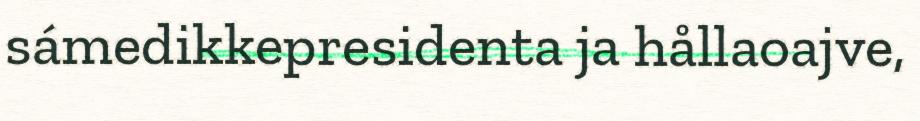
sámedikkepresidenta ja hållaoajve,